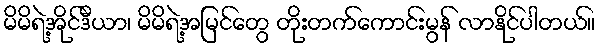
မိမိရဲ့အိုင်ဒီယာ၊ မိမိရဲ့အမြင်တွေ တိုးတက်ကောင်းမွန် လာနိုင်ပါတယ်။